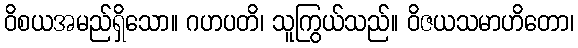
ဝိစယအမည်ရှိသော။ ဂဟပတိ၊ သူကြွယ်သည်။ ဝိဇယသမာဟိတော၊